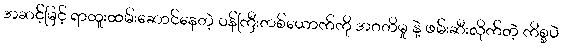
အဆင့်မြင့် ရာထူးထမ်းဆောင်နေတဲ့ ဝန်ကြီးတစ်ယောက်ကို အဂတိမှု နဲ့ ဖမ်းဆီးလိုက်တဲ့ ကိစ္စပဲ